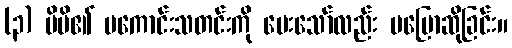
(၃) မိမိ၏ မကောင်းသတင်းကို မေးသော်လည်း မပြောဆိုခြင်း။